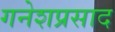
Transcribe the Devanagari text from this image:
गनेशप्रसाद